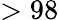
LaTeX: >98